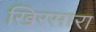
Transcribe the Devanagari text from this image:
खिरसारा